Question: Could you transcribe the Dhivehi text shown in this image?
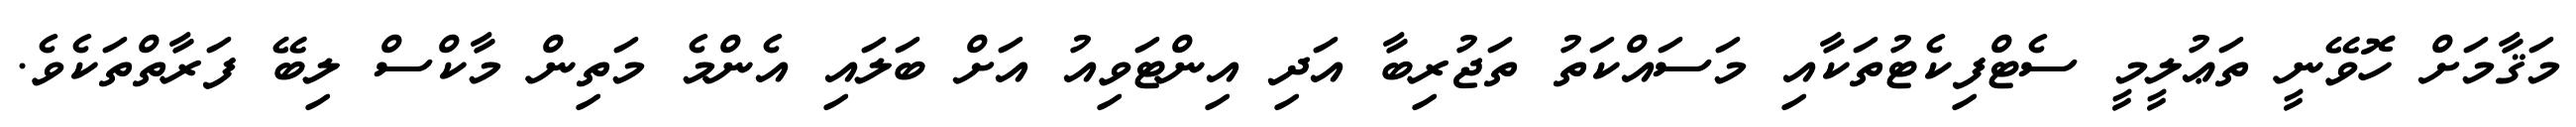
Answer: މަޤާމަށް ހޮވޭނީ ތަޢުލީމީ ސެޓްފިކެޓުތަކާއި މަސައްކަތު ތަޖުރިބާ އަދި އިންޓަވިއު އަށް ބަލައި އެންމެ މަތިން މާކްސް ލިބޭ ފަރާތްތަކެވެ.